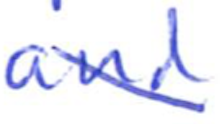
Text: and
Cross-out: diagonal
Writing tool: ballpoint